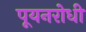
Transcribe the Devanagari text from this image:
पूयनरोधी